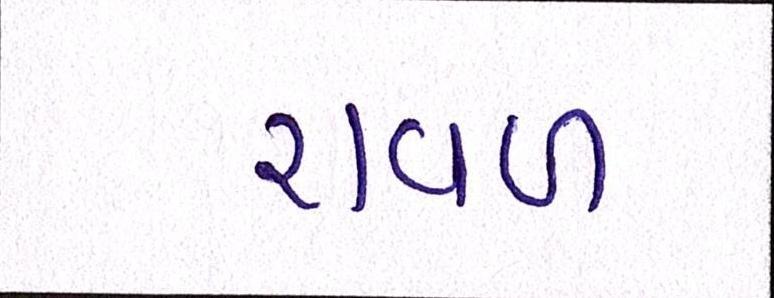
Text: રાવળ